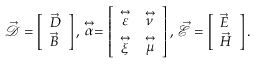
\vec { \mathcal { D } } = \left[ \begin{array} { l } { \vec { D } } \\ { \vec { B } } \end{array} \right] , \, \stackrel { \leftrightarrow } { \alpha } = \left[ \begin{array} { l l } { \stackrel { \leftrightarrow } { \varepsilon } } & { \stackrel { \leftrightarrow } { \nu } } \\ { \stackrel { \leftrightarrow } { \xi } } & { \stackrel { \leftrightarrow } { \mu } } \end{array} \right] , \, \vec { \mathcal { E } } = \left[ \begin{array} { l } { \vec { E } } \\ { \vec { H } } \end{array} \right] .